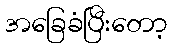
အခြေခံပြီးတော့